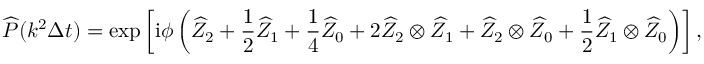
\widehat { P } ( k ^ { 2 } \Delta t ) = \exp \left[ \mathrm { i } \phi \left( \widehat { Z } _ { 2 } + \frac 1 2 \widehat { Z } _ { 1 } + \frac 1 4 \widehat { Z } _ { 0 } + 2 \widehat { Z } _ { 2 } \otimes \widehat { Z } _ { 1 } + \widehat { Z } _ { 2 } \otimes \widehat { Z } _ { 0 } + \frac 1 2 \widehat { Z } _ { 1 } \otimes \widehat { Z } _ { 0 } \right) \right] ,